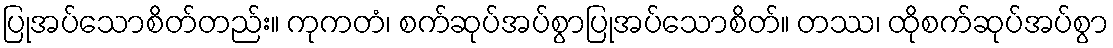
ပြုအပ်သောစိတ်တည်း။ ကုကတံ၊ စက်ဆုပ်အပ်စွာပြုအပ်သောစိတ်။ တဿ၊ ထိုစက်ဆုပ်အပ်စွာ